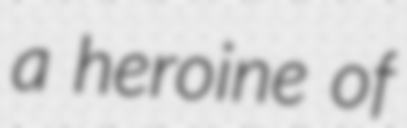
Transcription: a heroine of